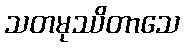
သတမုဿိတာသေ